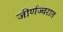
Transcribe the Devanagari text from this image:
जीर्णज्वरात